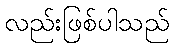
လည်းဖြစ်ပါသည်